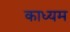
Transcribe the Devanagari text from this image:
काध्यम